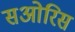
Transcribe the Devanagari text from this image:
सओरिस